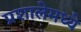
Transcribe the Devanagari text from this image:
प्रशालेमध्ये